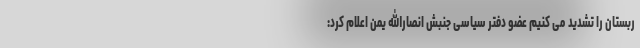
ربستان را تشدید می کنیم عضو دفتر سیاسی جنبش انصارالله یمن اعلام کرد: